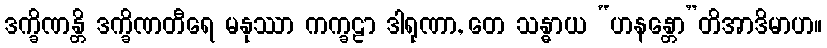
ဒက္ခိဏန္တိ ဒက္ခိဏတီရေ မနုဿာ ကက္ခဠာ ဒါရုဏာ, တေ သန္ဓာယ “ဟနန္တော”တိအာဒိမာဟ။